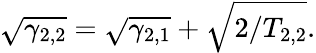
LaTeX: \sqrt{\gamma_{2,2}}=\sqrt{\gamma_{2,1}}+\sqrt{2/T_{2,2}}.